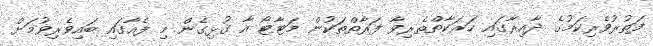
ފަތުރުވެރިކަމުގެ ދާއިރާގައި ހަރަކާތްތެރިވާ ފަރާތްތަކުން މަޓާޓޯ އާ ގުޅިގެން މި ފެއާގައި ބައިވެރިވުމަށް